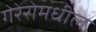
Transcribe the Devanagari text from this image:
गेरेरोमधील